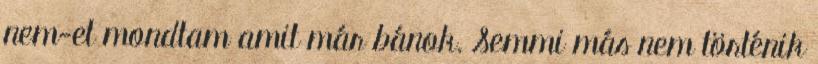
nem-et mondtam amit már bánok. Semmi más nem történik